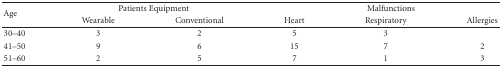
| <ROWSPAN=2> Age | <COLSPAN=2> Patients Equipment | <COLSPAN=3> Malfunctions |
 | Wearable | Conventional | Heart | Respiratory | Allergies |
 | --- | --- | --- | --- | --- | --- |
 | 30–40 | 3 | 2 | 5 | 3 |  |
 | 41–50 | 9 | 6 | 15 | 7 | 2 |
 | 51–60 | 2 | 5 | 7 | 1 | 3 |